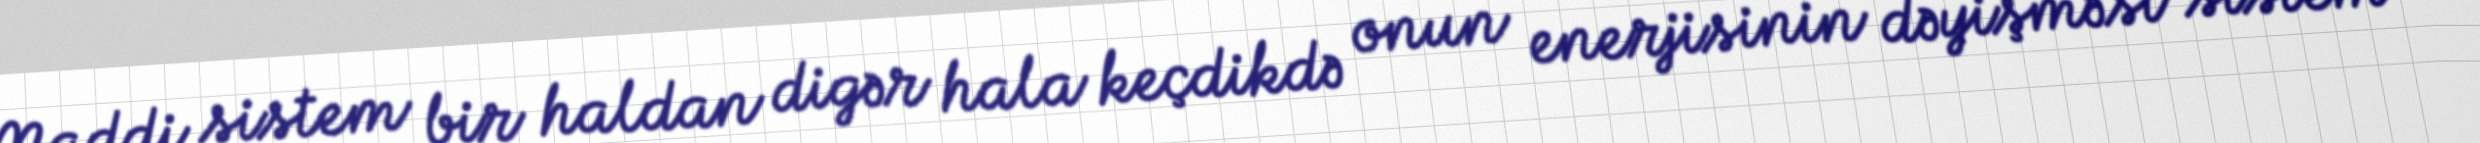
Maddi sistem bir haldan digər hala keçdikdə onun enerjisinin dəyişməsi sistem